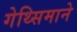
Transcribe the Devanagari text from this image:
गेथ्सिमाने